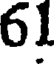
61